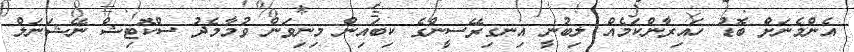
އެންމެނަށް ބޮޑު ހައިރާންކަމެއް ލިބުނީ އިނގިރޭސީންގެ ކިބައިން މިނިވަން ވުމާމެދު ސްކޮޓިޝް ނޭޝަނަލް